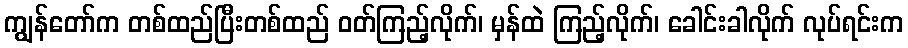
ကျွန်တော်က တစ်ထည်ပြီးတစ်ထည် ဝတ်ကြည့်လိုက်၊ မှန်ထဲ ကြည့်လိုက်၊ ခေါင်းခါလိုက် လုပ်ရင်းက